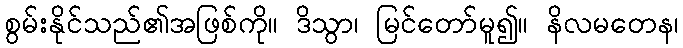
စွမ်းနိုင်သည်၏အဖြစ်ကို။ ဒိသွာ၊ မြင်တော်မူ၍။ နိလမတေန၊